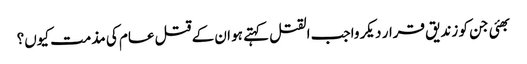
بھئی جن کو زندیق قرار دیکر واجب القتل کہتے ہو ان کے قتل عام کی مذمت کیوں؟